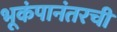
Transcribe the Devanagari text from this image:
भूकंपानंतरची